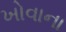
ખોવાના